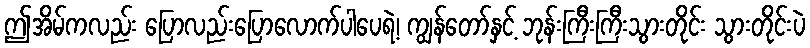
ဤအိမ်ကလည်း ပြောလည်းပြောလောက်ပါပေရဲ့၊ ကျွန်တော်နှင့် ဘုန်းကြီးကြီးသွားတိုင်း သွားတိုင်းပဲ